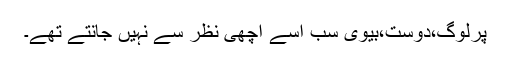
پرلوگ،دوست،بیوی سب اُسے اچھی نظر سے نہیں جانتے تھے۔